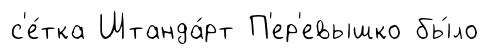
с'е́тка Штанда́рт П'ер'евышко бы́ло